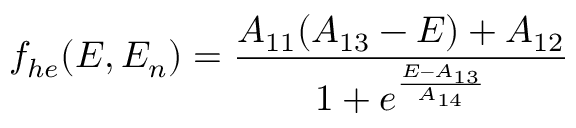
f _ { h e } ( E , E _ { n } ) = \frac { A _ { 1 1 } ( A _ { 1 3 } - E ) + A _ { 1 2 } } { 1 + e ^ { \frac { E - A _ { 1 3 } } { A _ { 1 4 } } } }